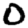
Digit: 0